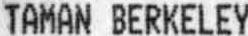
TAMAN BERKELEY